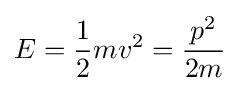
E={\frac {1}{2}}mv^{2}={\frac {p^{2}}{2m}}